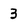
Character: 3